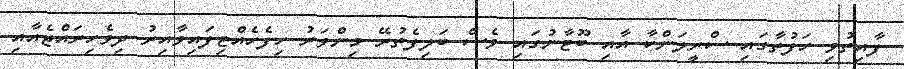
ފާއިތުވި ހަފުތާގައި ސްރީލަންކާ އާއި ބޫޓާނުގައި ވެސް ބަލިފެތުރޭ މިންވަރު ހިފެހެއްޓިފައިވާއިރު ދިވެހިރައްޖެއާއި